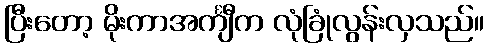
ပြီးတော့ မိုးကာအင်္ကျီက လုံခြုံလွန်းလှသည်။